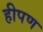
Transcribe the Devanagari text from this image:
हीपण